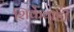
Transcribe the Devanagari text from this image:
शिर्केवाडी